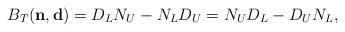
LaTeX: \begin{align*}B_{T}(\mathbf{n},\mathbf{d})=D_{L}N_{U}-N_{L}D_{U}=N_{U}D_{L}-D_{U}N_{L},\end{align*}